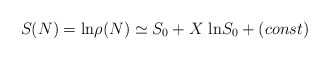
\begin{align*}S(N) = {\rm ln} \rho(N) \simeq S_0 + X \; {\rm ln} S_0 + (const)\end{align*}